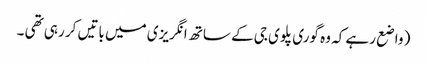
( واضع رہے کہ وہ گوری پلوی جی کے ساتھ انگریزی میں باتیں کر رہی تھی ۔